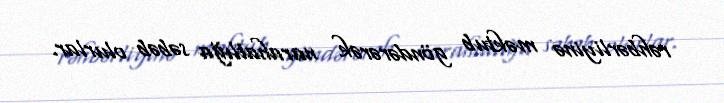
rəhbərliyinə məktub göndərərək narahatlığa səbəb olurlar.